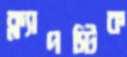
ক্ল্যাপস্টিক